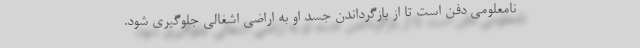
نامعلومی دفن است تا از بازگرداندن جسد او به اراضی اشغالی جلوگیری شود.